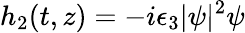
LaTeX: h_{2}(t,z)=-i\epsilon_{3}|\psi|^{2}\psi